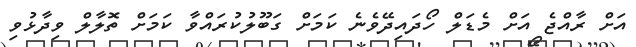
އަށް ރާއްޖެ އަށް މެޑަލް ހޯދައިދޭވެނެ ކަމަށް ގަބޫލުކުރައްވާ ކަމަށް ތޮލާލް ވިދާޅުވި